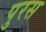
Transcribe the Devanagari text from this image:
पुरस